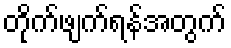
တိုက်ဖျက်ရန်အတွက်